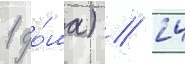
1 до́ма) // 24